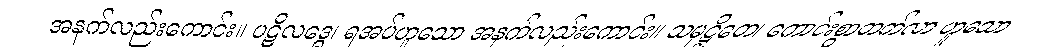
အနက်လည်းကောင်း။ ပဋိလဒ္ဓေ၊ ရအပ်ဟူသော အနက်လည်းကောင်း။ သမုဋ္ဌိတေ၊ ကောင်းစွာတက်လာ ဟူသော